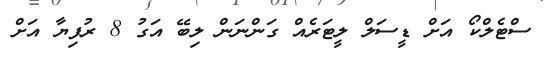
ސްޓެލްކޯ އަށް ޑީސަލް ލީޓަރެއް ގަންނަން ލިބޭ އަގު 8 ރުފިޔާ އަށް